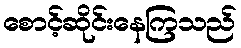
စောင့်ဆိုင်းနေကြသည်